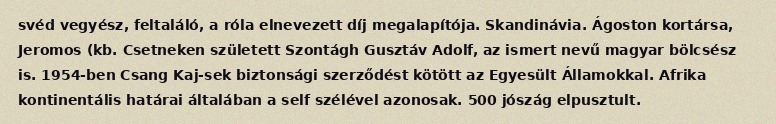
svéd vegyész, feltaláló, a róla elnevezett díj megalapítója. Skandinávia. Ágoston kortársa, Jeromos (kb. Csetneken született Szontágh Gusztáv Adolf, az ismert nevű magyar bölcsész is. 1954-ben Csang Kaj-sek biztonsági szerződést kötött az Egyesült Államokkal. Afrika kontinentális határai általában a self szélével azonosak. 500 jószág elpusztult.